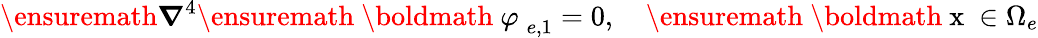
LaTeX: \ensuremath{\boldsymbol{\nabla}}^{4}\ensuremath{\mathrm{~\boldmath~\varphi~}}_{e,1}=0,~~~~\ensuremath{\mathrm{~\boldmath~x~}}\in\Omega_{e}